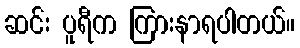
ဆင်း ပူရီက ကြားနာရပါတယ်။